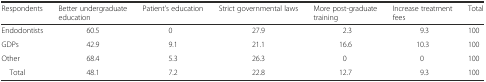
<table><thead><tr><td><b>Respondents</b></td><td><b>Better undergraduate education</b></td><td><b>Patient’s education</b></td><td><b>Strict governmental laws</b></td><td><b>More post-graduate training</b></td><td><b>Increase treatment fees</b></td><td><b>Total</b></td></tr></thead><tbody><tr><td>Endodontists</td><td>60.5</td><td>0</td><td>27.9</td><td>2.3</td><td>9.3</td><td>100</td></tr><tr><td>GDPs</td><td>42.9</td><td>9.1</td><td>21.1</td><td>16.6</td><td>10.3</td><td>100</td></tr><tr><td>Other</td><td>68.4</td><td>5.3</td><td>26.3</td><td>0</td><td>0</td><td>100</td></tr><tr><td> Total</td><td>48.1</td><td>7.2</td><td>22.8</td><td>12.7</td><td>9.3</td><td>100</td></tr></tbody></table>